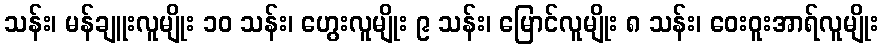
သန်း၊ မန်ချူးလူမျိုး ၁၀ သန်း၊ ဟွေးလူမျိုး ၉ သန်း၊ မြောင်လူမျိုး ၈ သန်း၊ ဝေးဝူးအာရ်လူမျိုး